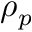
\rho _ { p }